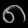
Digit: ၈